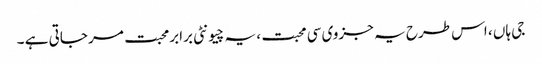
جی ہاں ، اس طرح یہ جزوی سی محبت ، یہ چیونٹی برابرمحبت مر جاتی ہے ۔